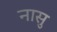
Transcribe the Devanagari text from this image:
नासु